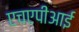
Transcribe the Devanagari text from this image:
एचएपीआई